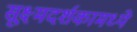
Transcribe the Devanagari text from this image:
सूक्ष्मदर्शकामध्ये